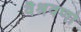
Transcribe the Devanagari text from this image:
वैश्रवणो